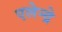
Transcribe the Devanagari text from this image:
एलेन्द्रे